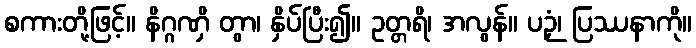
စကားတို့ဖြင့်။ နိဂ္ဂဏှိ တွာ၊ နှိပ်ပြီး၍။ ဥတ္တရိ၊ အလွန်။ ပဉှံ၊ ပြဿနာကို။